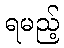
ရမည့်